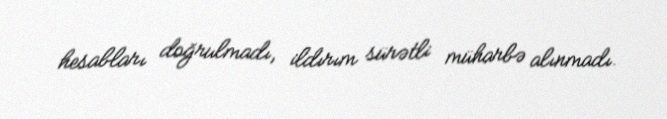
hesabları doğrulmadı, ildırım sürətli müharbə alınmadı.